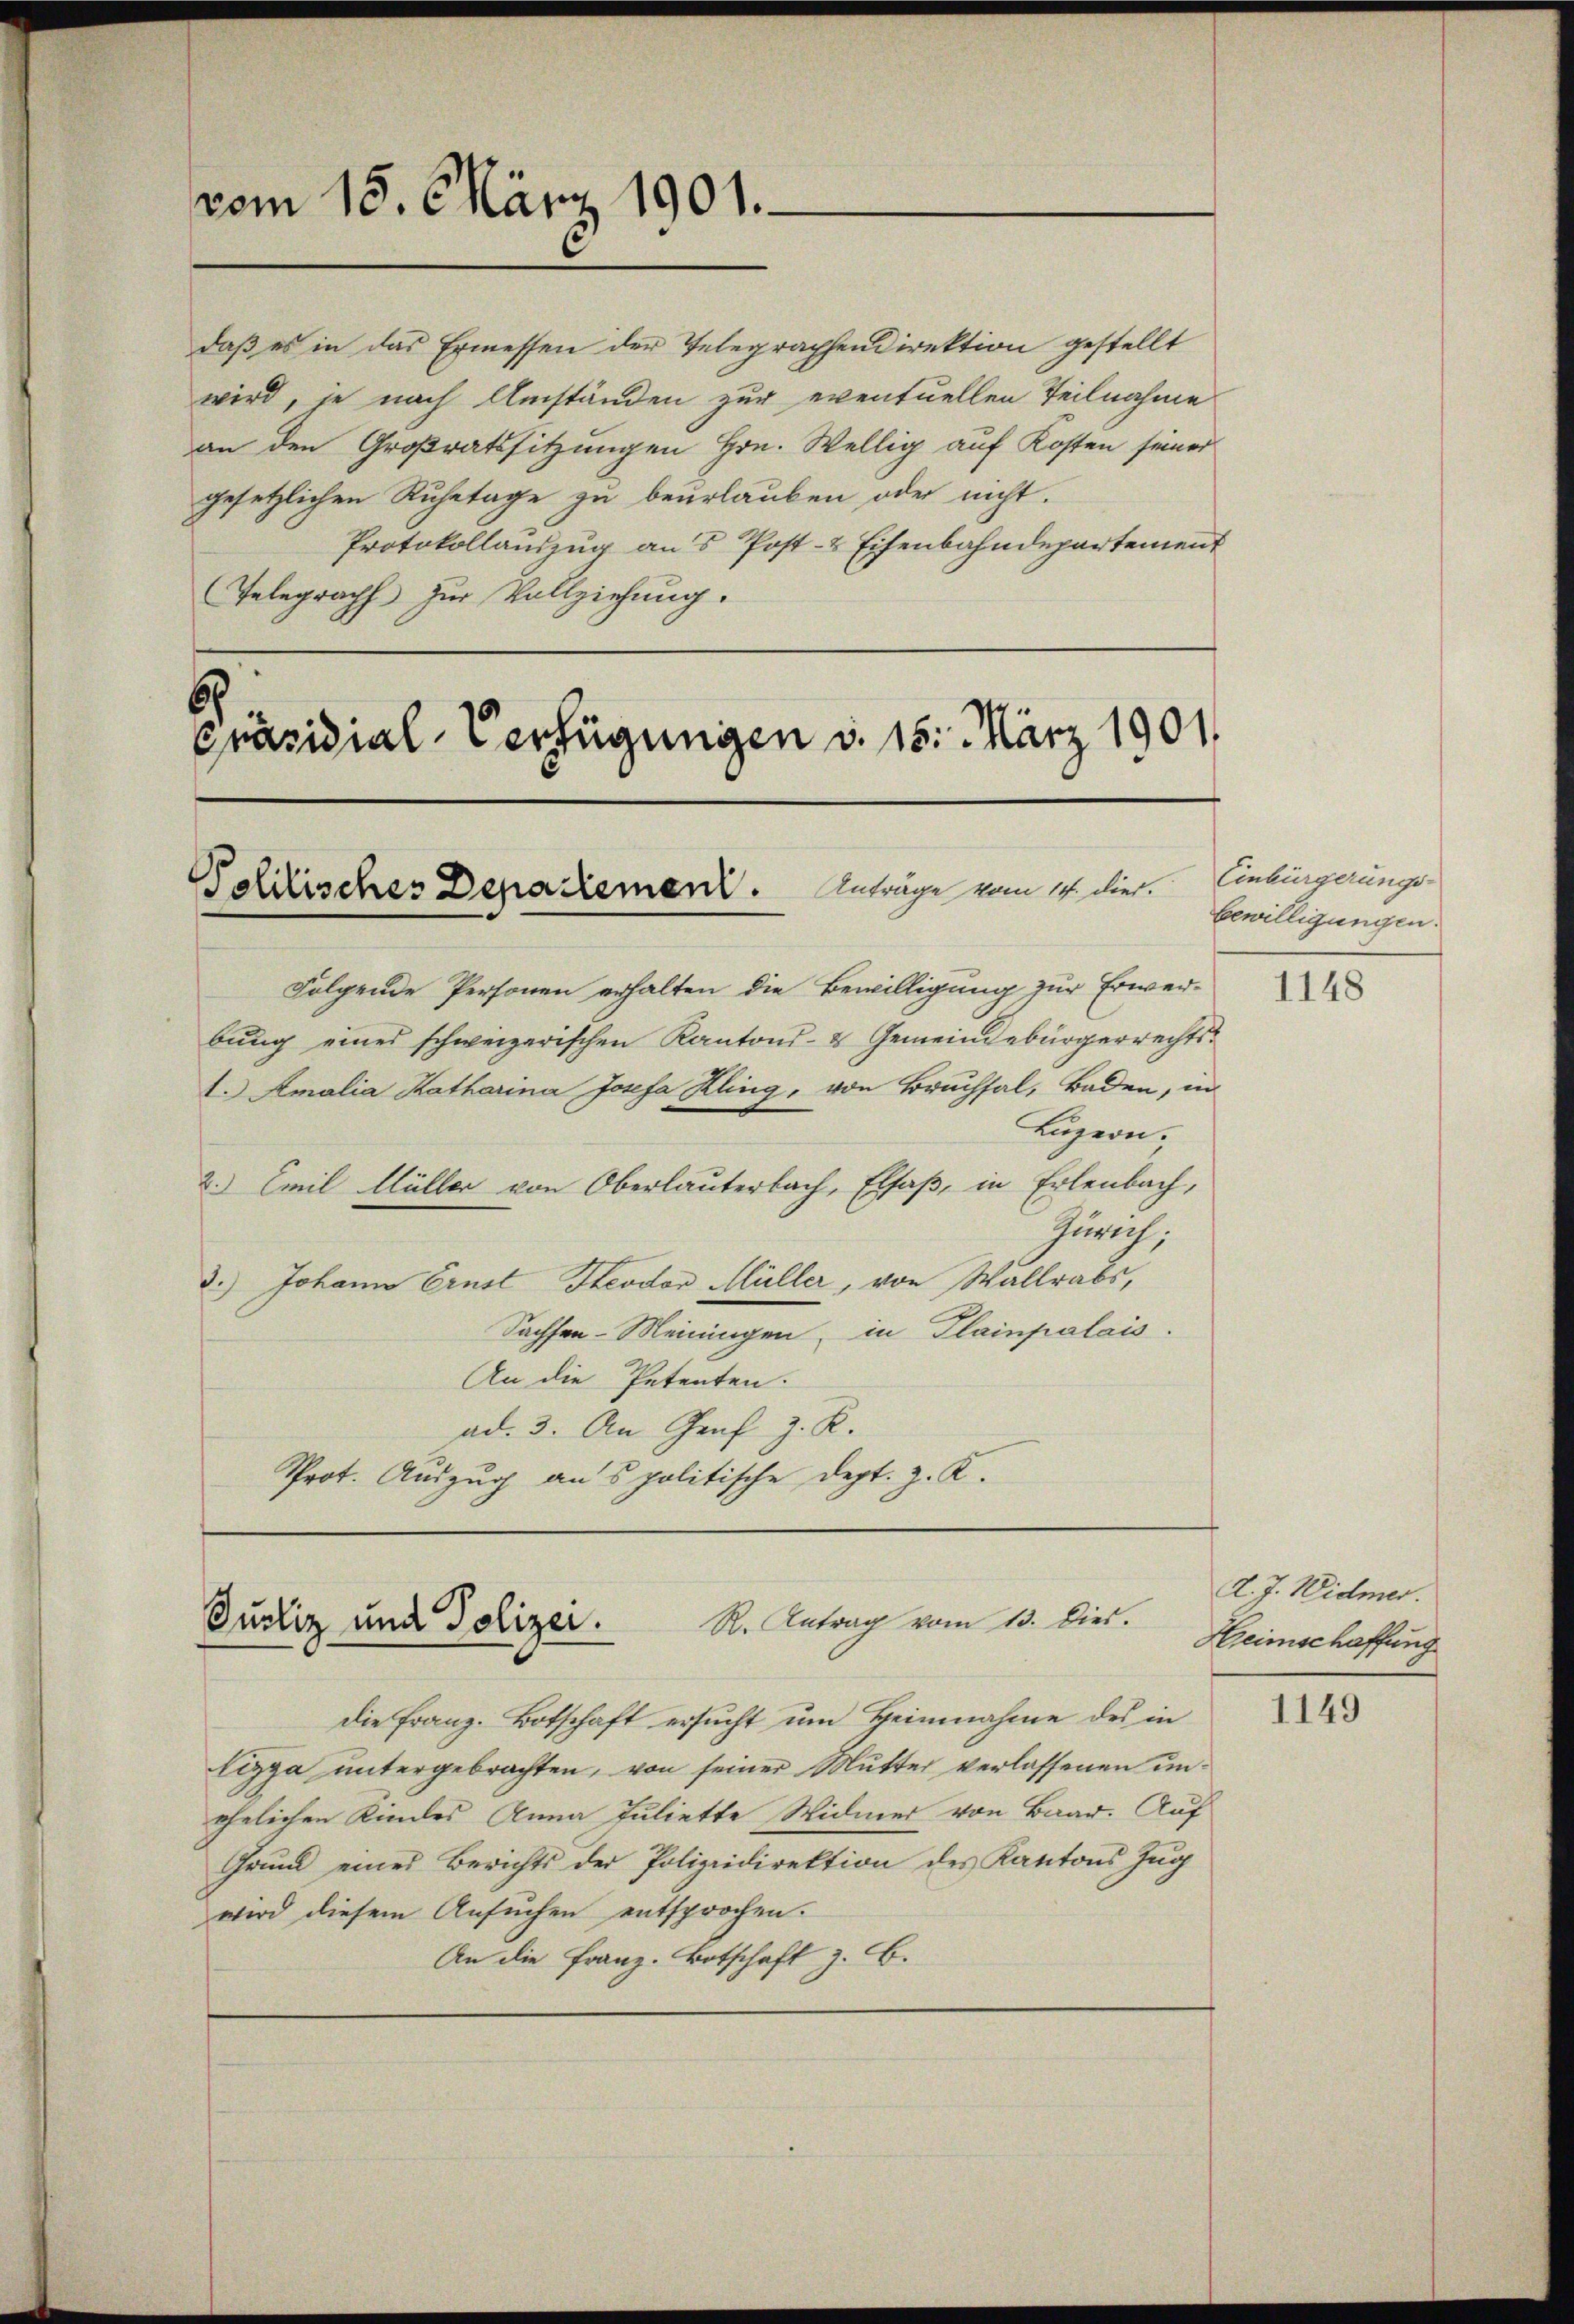
vom 18. März 1901.

daß es in das Ermessen der Telegraphendirektion gestellt
wird, je nach Umständen zur eventuellen Teilnahme
an den Großratssitzungen Hrn. Wellig auf Kosten seiner
gesetzlichen Ruhetage zu beurlauben oder nicht.
Protokollauszug aus Post- & Eisenbahndepartement
Telegraphs zur Vollziehung.

Präsidial-Verfügungen d. 15. März 1901.
Tehilisches Departement. Anträge vom 14. Dier.

Folgende Personen erhalten die Bewilligung zur Erwer-
bŭng eines schweizerischen Kantons- & Gemeindebürgerrechts¬
1. Amalia Katharina Josefa Kling, von Bruchsal, Baden, in
Luzern.
2. Emil Müller von Oberlauterbach, Elsaß, in Erlenbach,
Zürich,
3.) Johann Ernst Steodor Müller, von Wallrabs,
Sachsen-Meiningen, in Plainpalais.
An die Petenten.
ad. 3. An Graf z. R.
Prot. Auszug ans politische Dept. z. B.

R. Antrag vom 13. Dies.
Justiz und Polizei.

die Franz. Botschaft ersucht um Heinnahme des in
Lizza untergebrachten, von seiner Mutter verlassenen unehelichen Kindes Anna Juliette Widmer von Baar. Auf
Grund eines Berichts der Polizeidirektion des Kantons Zug
wird diesem Ansuchen entsprochen.
An die Franz. Botschaft z. B.

Einbürgerungs-
bewilligungen.

1148

d. J. Widmer.
Heimschaffung

1149